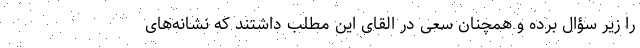
را زیر سؤال برده و همچنان سعی در القای این مطلب داشتند که نشانه‌های